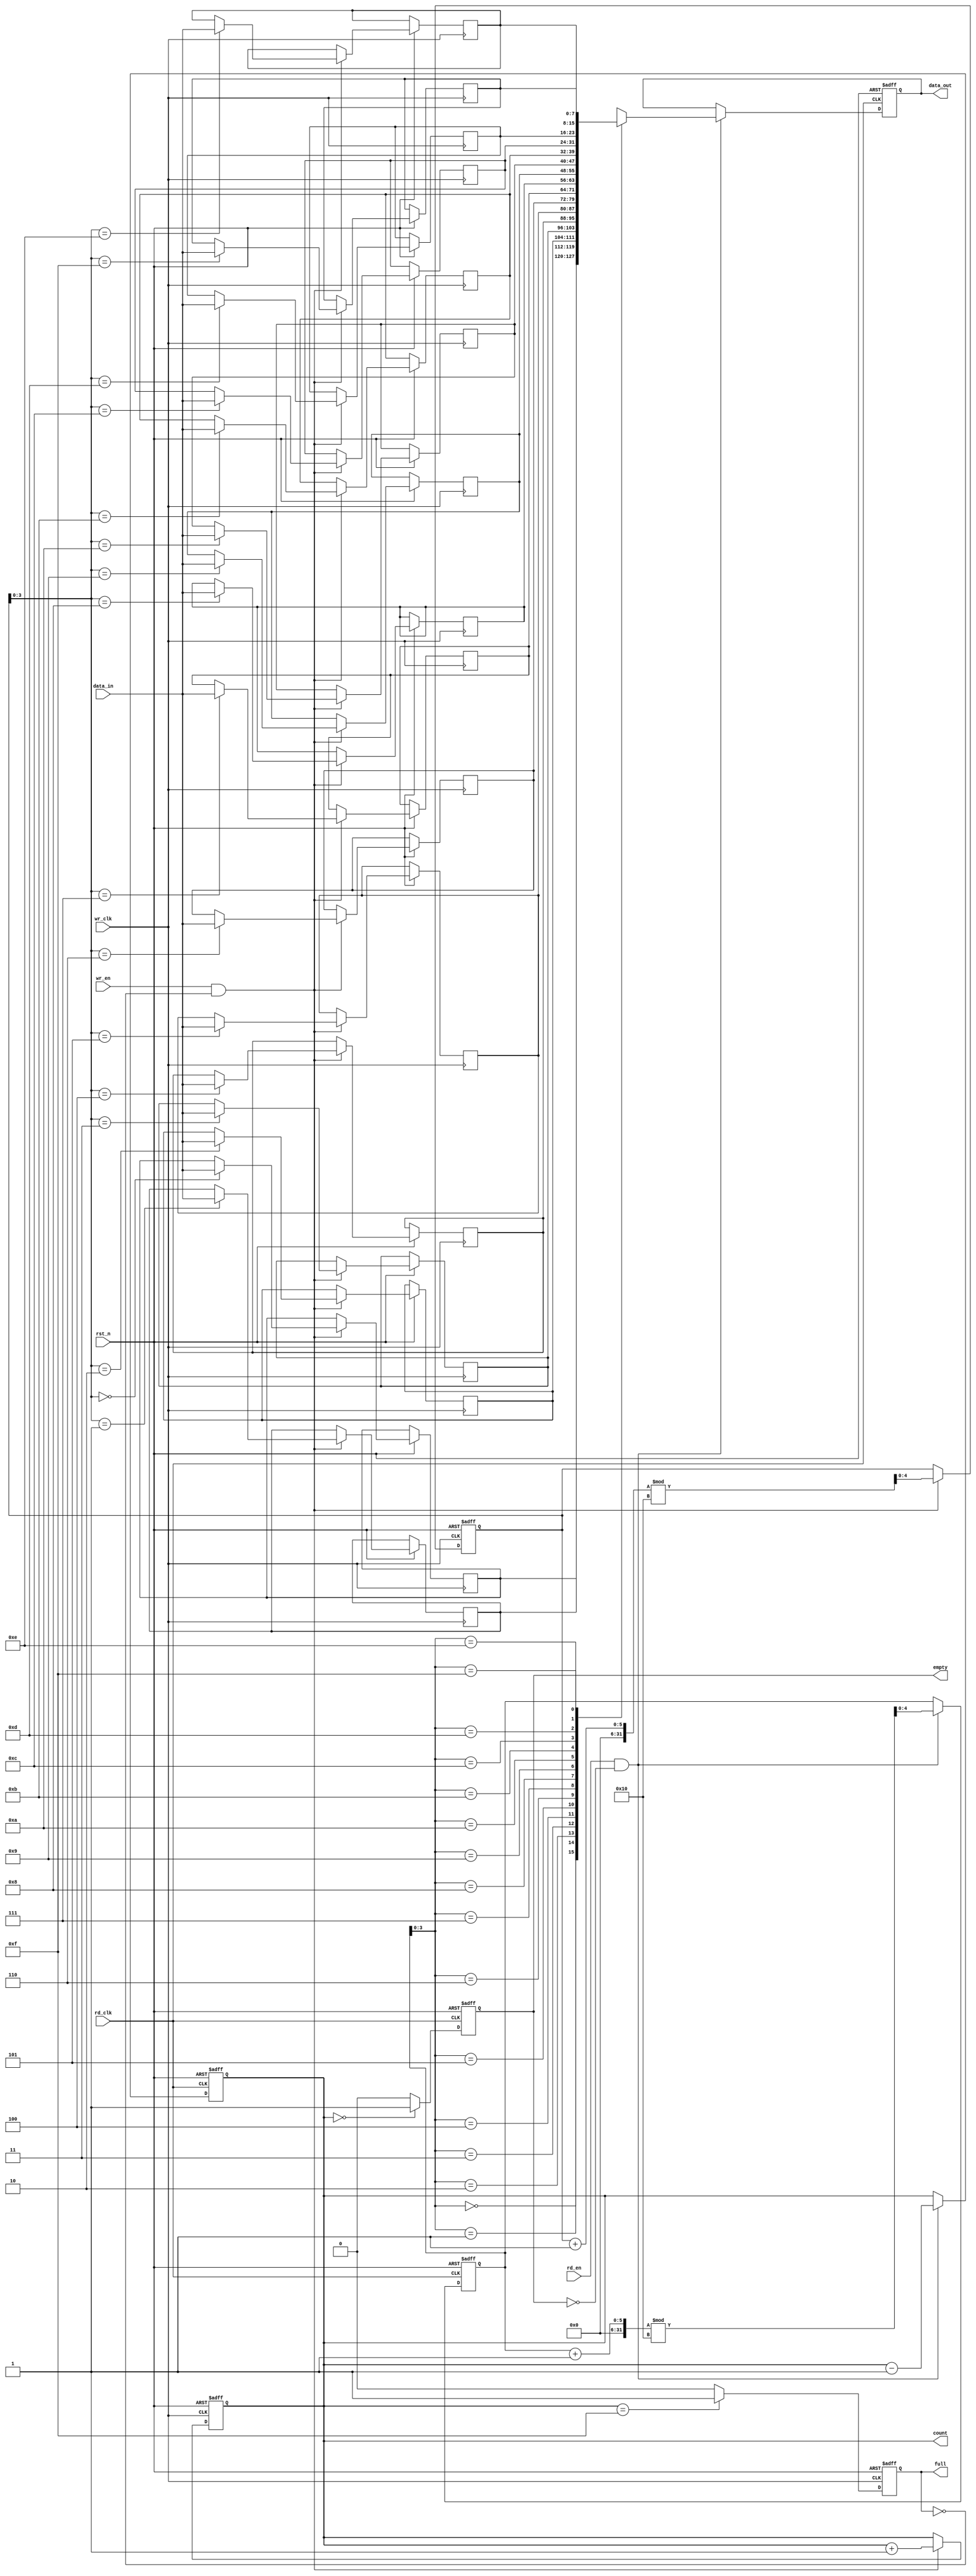
module dual_clock_fifo #(
    parameter DATA_WIDTH = 8,  // Width of the data
    parameter FIFO_DEPTH = 16   // Depth of the FIFO (number of entries)
)(
    input wire wr_clk,          // Write clock
    input wire rd_clk,          // Read clock
    input wire rst_n,           // Asynchronous reset (active low)
    input wire wr_en,           // Write enable
    input wire rd_en,           // Read enable
    input wire [DATA_WIDTH-1:0] data_in, // Data input
    output reg [DATA_WIDTH-1:0] data_out, // Data output
    output reg full,            // FIFO full flag
    output reg empty,           // FIFO empty flag
    output reg [4:0] count      // Number of entries in the FIFO
);

    // Memory array for FIFO storage
    reg [DATA_WIDTH-1:0] fifo_mem [0:FIFO_DEPTH-1];

    // Write and read pointers
    reg [4:0] wr_ptr;
    reg [4:0] rd_ptr;

    // FIFO initialization
    always @(posedge wr_clk or negedge rst_n) begin
        if (!rst_n) begin
            wr_ptr <= 0;
            full <= 0;
            count <= 0;
        end else begin
            if (wr_en && !full) begin
                fifo_mem[wr_ptr] <= data_in; // Write data
                wr_ptr <= (wr_ptr + 1) % FIFO_DEPTH; // Increment write pointer
                count <= count + 1; // Increment count
            end
            // Update full flag
            if (count == FIFO_DEPTH - 1) begin
                full <= 1;
            end else begin
                full <= 0;
            end
        end
    end

    // Read operation
    always @(posedge rd_clk or negedge rst_n) begin
        if (!rst_n) begin
            rd_ptr <= 0;
            empty <= 1;
            count <= 0;
            data_out <= 0;
        end else begin
            if (rd_en && !empty) begin
                data_out <= fifo_mem[rd_ptr]; // Read data
                rd_ptr <= (rd_ptr + 1) % FIFO_DEPTH; // Increment read pointer
                count <= count - 1; // Decrement count
            end
            // Update empty flag
            if (count == 0) begin
                empty <= 1;
            end else begin
                empty <= 0;
            end
        end
    end

endmodule